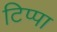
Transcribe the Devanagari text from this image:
टिप्पा